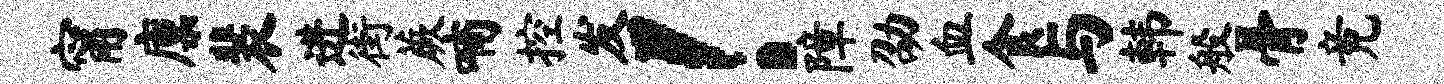
甯廪裴进街蕨喃控发！障劭血食与韩般骨竟